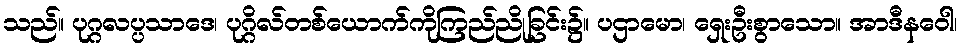
သည်။ ပုဂ္ဂလပ္ပသာဒေ၊ ပုဂ္ဂိလ်တစ်ယောက်ကိုကြည်ညိုခြင်း၌။ ပဌာမော၊ ရှေးဦးစွာသော။ အာဒီနဝေါ၊